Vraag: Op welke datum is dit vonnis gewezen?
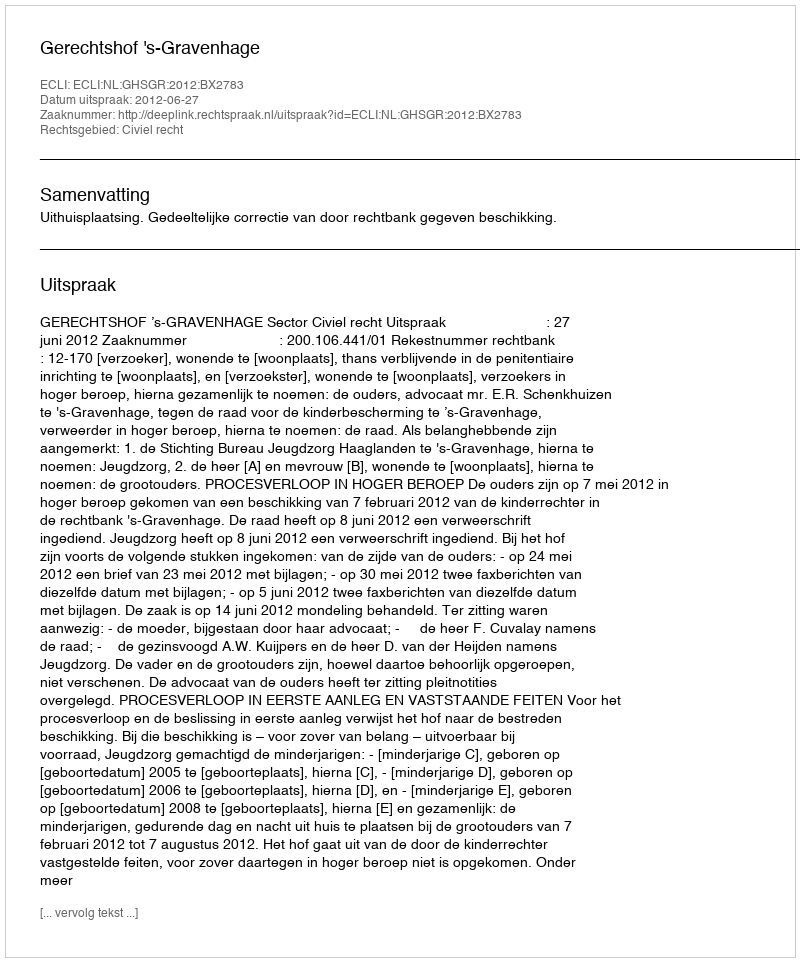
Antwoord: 2012-06-27